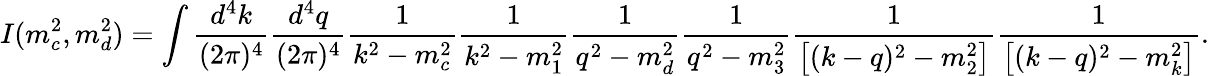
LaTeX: I(m_{c}^{2},m_{d}^{2})=\int\frac{d^{4}k}{(2\pi)^{4}}\frac{d^{4}q}{(2\pi)^{4}}\frac{1}{k^{2}-m_{c}^{2}}\frac{1}{k^{2}-m_{1}^{2}}\frac{1}{q^{2}-m_{d}^{2}}\frac{1}{q^{2}-m_{3}^{2}}\frac{1}{\left[(k-q)^{2}-m_{2}^{2}\right]}\frac{1}{\left[(k-q)^{2}-m_{k}^{2}\right]}.